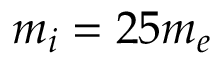
m _ { i } = 2 5 m _ { e }